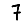
Digit: 7